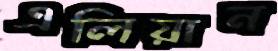
এলিয়ান